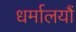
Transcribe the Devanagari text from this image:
धर्मालयौं